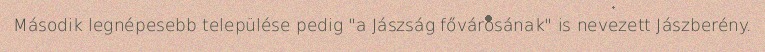
Második legnépesebb települése pedig "a Jászság fővárosának" is nevezett Jászberény.